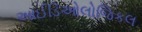
આઈડિઓલોજિકલ